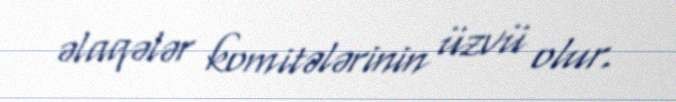
əlaqələr komitələrinin üzvü olur.